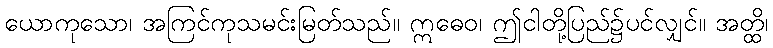
ယောကုသော၊ အကြင်ကုသမင်းမြတ်သည်။ ဣဓေဝ၊ ဤငါတို့ပြည်၌ပင်လျှင်။ အတ္ထိ၊